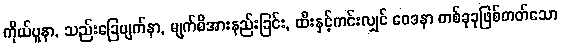
ကိုယ်ပူနာ, သည်းခြေပျက်နာ, မျက်စိအားနည်းခြင်း, ထီးနှင့်ကင်းလျှင် ဝေဒနာ တစ်ခုခုဖြစ်တတ်သော